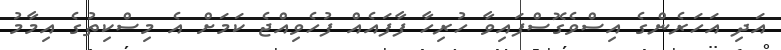
އަދި އަހަރެންގެ އިސްވެގޮސްފައިވާ ހުރިހާ ފާފައެއް ފުހެވިއްޖެ ކަމަށް އެ މިސްކިތުގެ އިމާމު